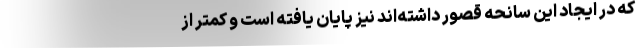
که در ایجاد این سانحه قصور داشته‌اند نیز پایان یافته است و کمتر از